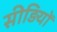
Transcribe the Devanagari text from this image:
सीड़ियों